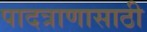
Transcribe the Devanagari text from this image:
पादत्राणासाठी